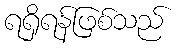
ရရှိရန်ဖြစ်သည်